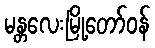
မန္တလေးမြို့တော်ဝန်